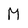
Character: M